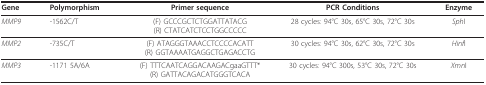
| Gene | Polymorphism | Primer sequence | PCR Conditions | Enzyme |
 | --- | --- | --- | --- | --- |
 | MMP9 | -1562C/T | (F) GCCCGCTCTGGATTATACG(R) CTATCATCTCCTGGCCCCC | 28 cycles: 94°C 30s, 65°C 30s, 72°C 30s | SphI |
 | MMP2 | -735C/T | (F) ATAGGGTAAACCTCCCCACATT(R) GGTAAAATGAGGCTGAGACCTG | 30 cycles: 94°C 30s, 62°C 30s, 72°C 30s | HinfI |
 | MMP3 | -1171 5A/6A | (F) TTTCAATCAGGACAAGACgaaGTTT*(R) GATTACAGACATGGGTCACA | 30 cycles: 94°C 300s, 53°C 30s, 72°C 30s | XmnI |